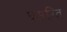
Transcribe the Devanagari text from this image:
घसरित